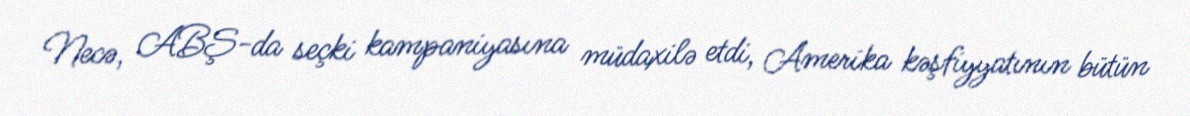
Necə, ABŞ-da seçki kampaniyasına müdaxilə etdi, Amerika kəşfiyyatının bütün